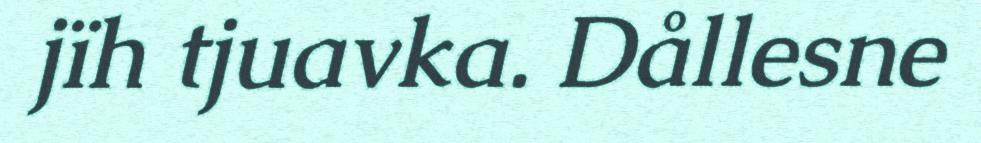
jïh tjuavka. Dållesne